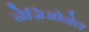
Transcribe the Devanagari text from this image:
नेज़िओनेल